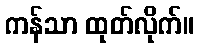
ကန်သာ ထုတ်လိုက်။